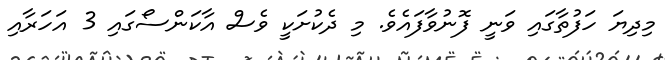
މިދިޔަ ހަފުތާގައި ވަނީ ފޮނުވާފައެވެ. މި ދެކުށަކީ ވެސް އާކަންސޯގައި 3 އަހަރާއި